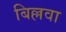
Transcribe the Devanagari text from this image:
बिल्लवा